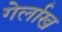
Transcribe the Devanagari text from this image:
गेर्लाख